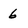
Character: 6